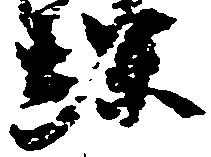
螺